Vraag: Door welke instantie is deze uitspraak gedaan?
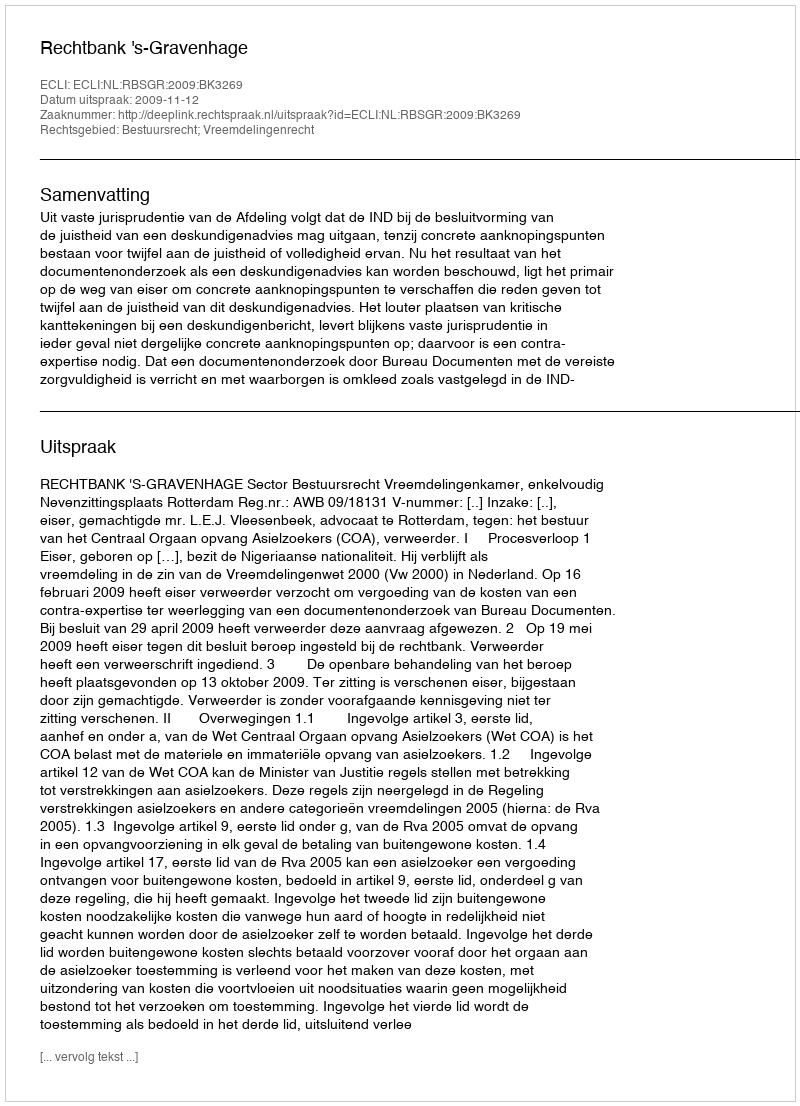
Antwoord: Rechtbank 's-Gravenhage